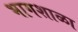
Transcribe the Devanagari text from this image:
भागशाळा